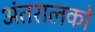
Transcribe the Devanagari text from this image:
अंतरालको